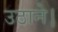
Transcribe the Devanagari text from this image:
उठाने।